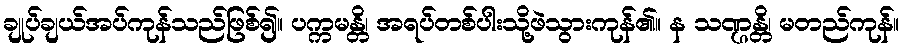
ချုပ်ချယ်အပ်ကုန်သည်ဖြစ်၍။ ပက္ကမန္တိ၊ အရပ်တစ်ပါးသို့ဖဲသွားကုန်၏။ န သဏ္ဌန္တိ၊ မတည်ကုန်။